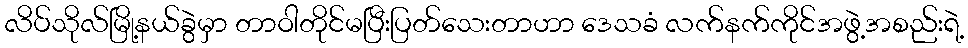
လိပ်သိုလ်မြို့နယ်ခွဲမှာ တာဝါတိုင်မပြီးပြတ်သေးတာဟာ ဒေသခံ လက်နက်ကိုင်အဖွဲ့အစည်းရဲ့